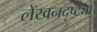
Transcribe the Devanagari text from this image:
लेखनदृष्ट्या